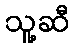
သူ့ဆီ